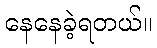
နေနေခဲ့ရတယ်။